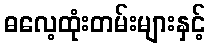
ဓလေ့ထုံးတမ်းများနှင့်